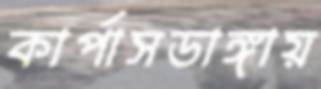
কার্পাসডাঙ্গায়